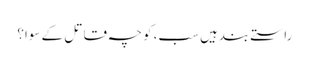
راستے بندہیں سب، کوچہ قاتل کے سوا؟